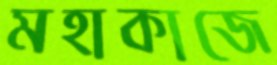
মহাকাজে